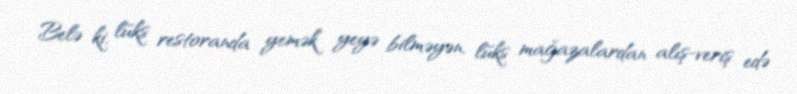
Belə ki, lüks restoranda yemək yeyə bilməyən, lüks mağazalardan alış-veriş edə